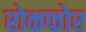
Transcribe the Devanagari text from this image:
रोकफोर